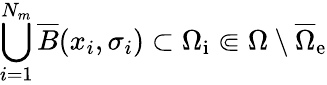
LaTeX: \bigcup_{i=1}^{N_{m}}\overline{{B}}(x_{i},\sigma_{i})\subset\Omega_{\mathrm{i}}\Subset\Omega\setminus\overline{{\Omega}}_{\mathrm{e}}